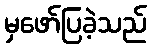
မှဖော်ပြခဲ့သည်